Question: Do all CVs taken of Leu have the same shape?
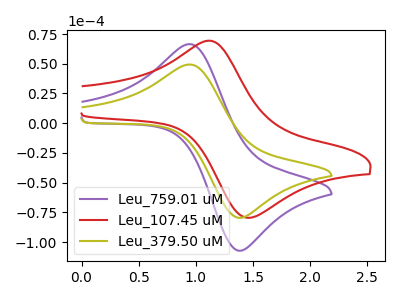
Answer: <think>The purple curve "Leu_759.01 uM" has an anodic peak at (0.95V, 66.50uA) and a cathodic peak at (1.40V, -106.95uA). The red curve "Leu_107.45 uM" has an anodic peak at (1.10V, 69.40uA) and a cathodic peak at (1.45V, -79.25uA). The olive curve "Leu_379.50 uM" has an anodic peak at (0.95V, 49.35uA) and a cathodic peak at (1.40V, -79.40uA).
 "Leu_759.01 uM" and "Leu_107.45 uM" have at least one peak that do not match. All the peaks in "Leu_759.01 uM" have a peak in "Leu_379.50 uM" at the same potential. Every peak in "Leu_759.01 uM" is higher than every peak in "Leu_379.50 uM". "Leu_107.45 uM" and "Leu_379.50 uM" have at least one peak that do not match.</think>
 <answer>All the CV's of "Leu" have similar shape.</answer>
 <eval>follow_rule</eval>